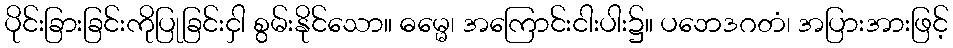
ပိုင်းခြားခြင်းကိုပြုခြင်းငှါ စွမ်းနိုင်သော။ ဓမ္မေ၊ အကြောင်းငါးပါး၌။ ပဘေဒဂတံ၊ အပြားအားဖြင့်